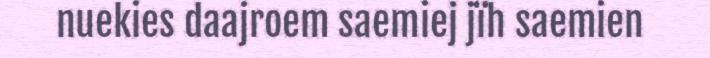
nuekies daajroem saemiej jïh saemien